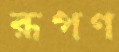
রূপণ